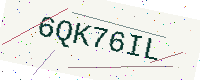
Text: 6QK76IL